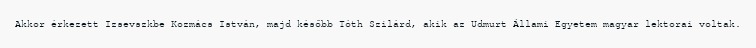
Akkor érkezett Izsevszkbe Kozmács István, majd később Tóth Szilárd, akik az Udmurt Állami Egyetem magyar lektorai voltak.